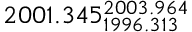
2 0 0 1 . 3 4 5 _ { 1 9 9 6 . 3 1 3 } ^ { 2 0 0 3 . 9 6 4 }